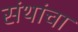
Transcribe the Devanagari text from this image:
संथांचा